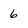
Character: 6